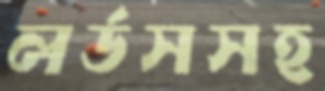
লর্ডসসহ